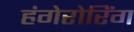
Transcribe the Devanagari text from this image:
हंगेरोरिंग